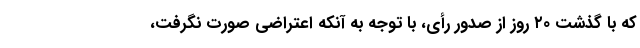
که با گذشت ۲۰ روز از صدور رأی، با توجه به آنکه اعتراضی صورت نگرفت،